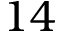
1 4